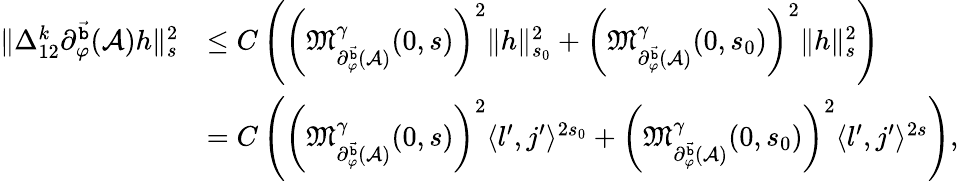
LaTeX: \begin{array}{rl}{\rVert\Delta_{12}^{k}\partial_{\varphi}^{\vec{\mathtt{b}}}(\mathcal{A})h\rVert_{s}^{2}}&{\le C\left(\left(\mathfrak{M}_{\partial_{\varphi}^{\vec{\mathtt{b}}}(\mathcal{A})}^{\gamma}(0,s)\right)^{2}\rVert h\rVert_{s_{0}}^{2}+\left(\mathfrak{M}_{\partial_{\varphi}^{\vec{\mathtt{b}}}(\mathcal{A})}^{\gamma}(0,s_{0})\right)^{2}\rVert h\rVert_{s}^{2}\right)}\\ &{=C\left(\left(\mathfrak{M}_{\partial_{\varphi}^{\vec{\mathtt{b}}}(\mathcal{A})}^{\gamma}(0,s)\right)^{2}\langle l^{\prime},j^{\prime}\rangle^{2s_{0}}+\left(\mathfrak{M}_{\partial_{\varphi}^{\vec{\mathtt{b}}}(\mathcal{A})}^{\gamma}(0,s_{0})\right)^{2}\langle l^{\prime},j^{\prime}\rangle^{2s}\right),}\end{array}